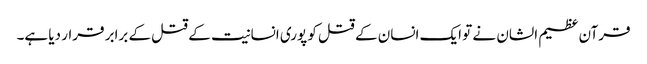
قرآن عظیم الشان نے تو ایک انسان کے قتل کو پوری انسانیت کے قتل کے برابر قرار دیا ہے۔